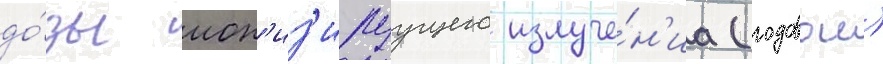
до́зы ион'из'ируущего излуче́н'иа (годовои)